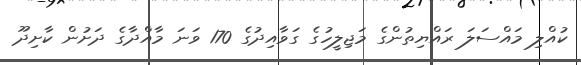
ކުއްލި މައްސަލަ ރައްޔިތުންގެ މަޖިލީހުގެ ގަވާއިދުގެ 170 ވަނަ މާއްދާގެ ދަށުން ކާށިދޫ